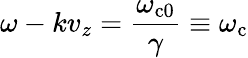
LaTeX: \omega-kv_{z}=\frac{\omega_{\mathrm{c}0}}{\gamma}\equiv\omega_{\mathrm{c}}